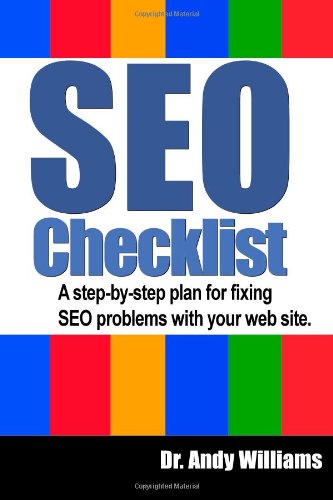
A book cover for An SEO Checklist: A step-by-step plan for fixing SEO problems with your web site (Webmaster Series) (Volume 2); Dr. Andy Williams; Computers & Technology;